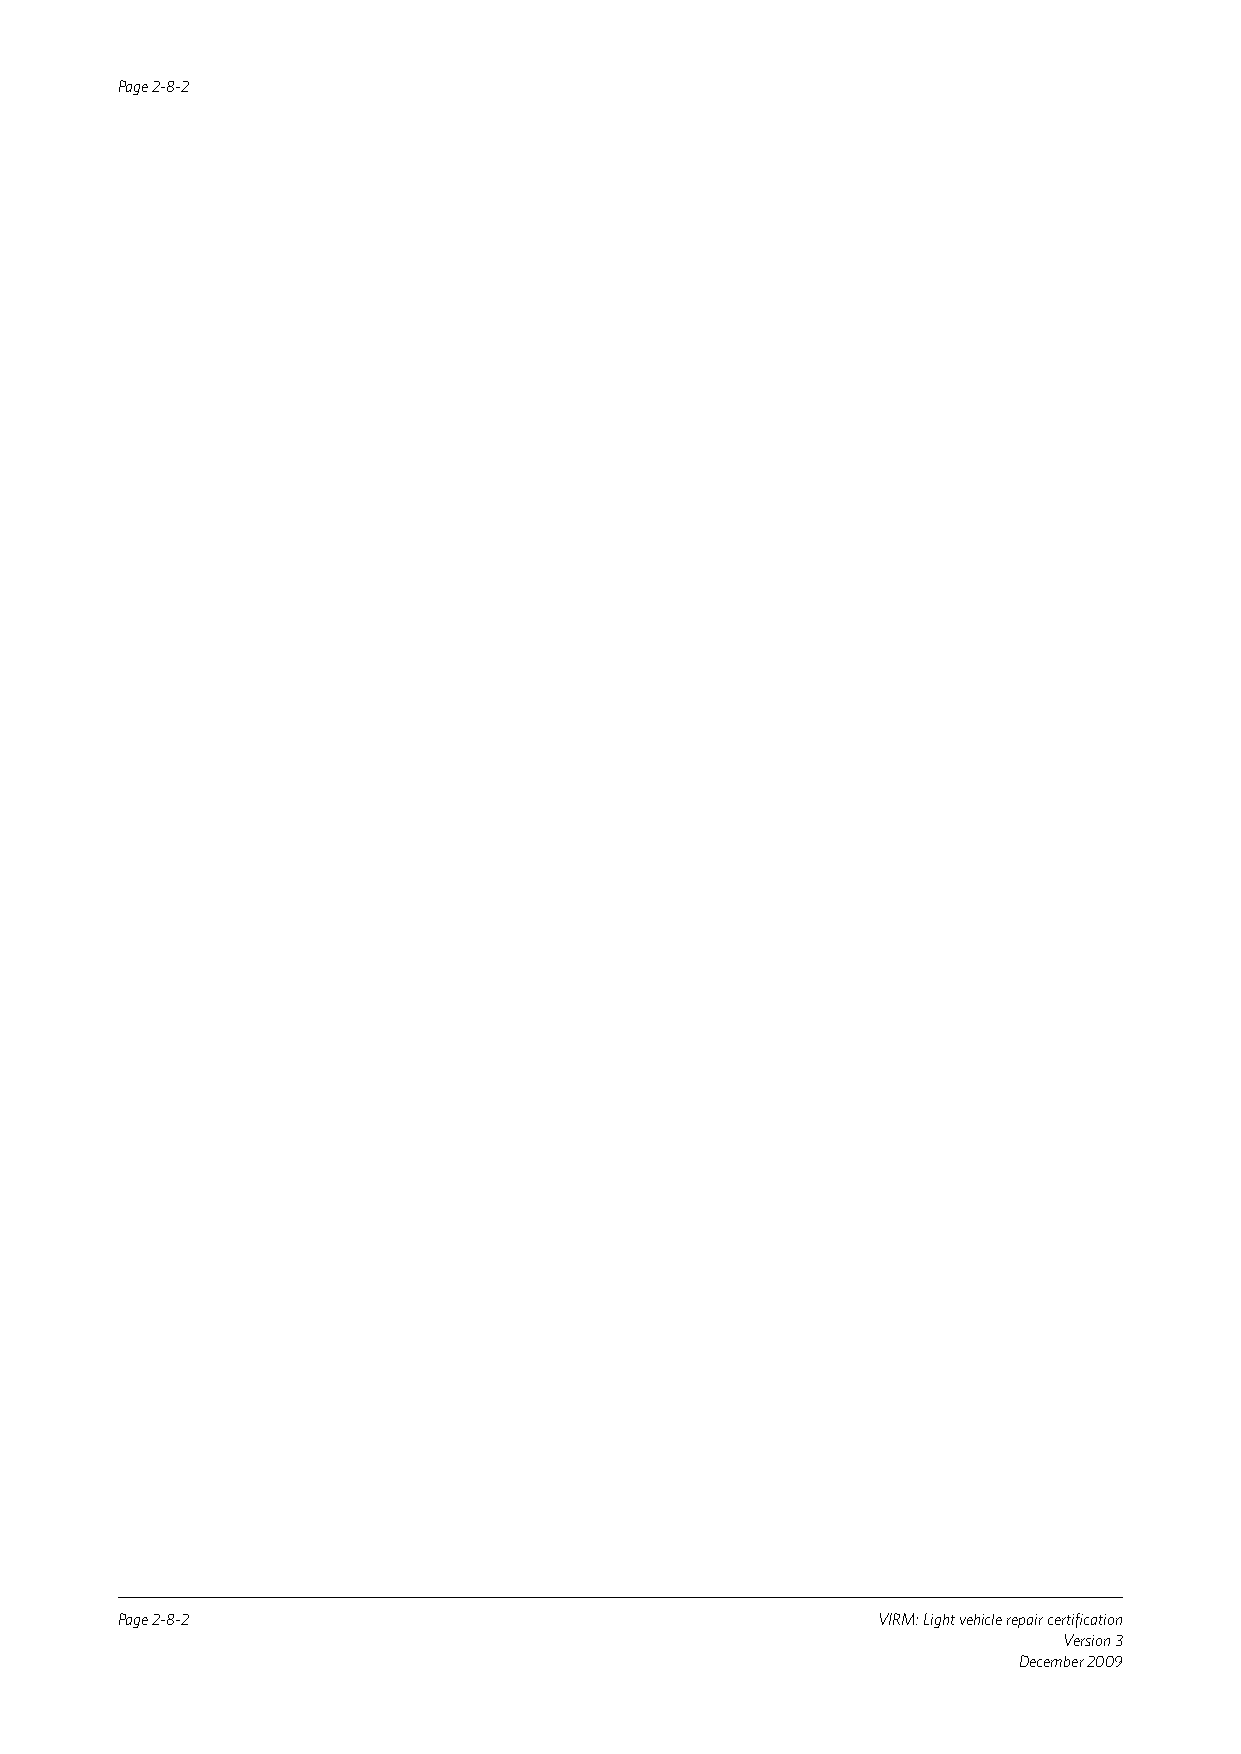
Page 2-8-2
 Page 2-8-2                                        VIRM: Light vehicle repair certification
 Version 3
 December 2009